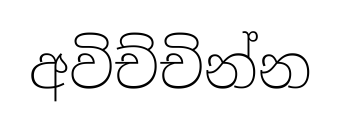
අවිච්චින්න